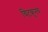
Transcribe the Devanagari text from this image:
चिटकूनच